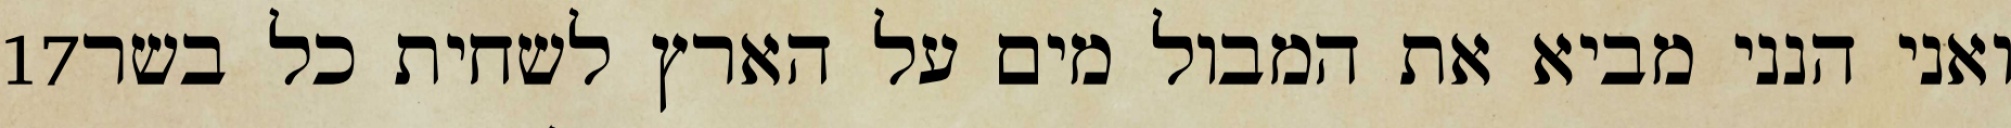
‎17‏ ואני הנני מביא את המבול מים על הארץ לשחית כל בשר